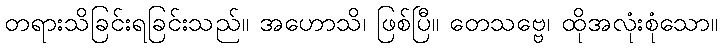
တရားသိခြင်းရခြင်းသည်။ အဟောသိ၊ ဖြစ်ပြီ။ တေသဗ္ဗေ၊ ထိုအလုံးစုံသော။